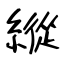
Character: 縱